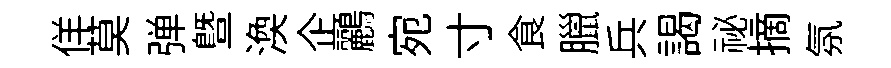
佯莫弹暨渙企鸝宛寸食臘兵謁祕摘氛